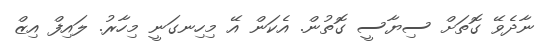
ނާދެވޭ ގޮތަށް ސިޔާސީ ގޮތުން. އެކަން އޭ މިހިނގަނީ މިހާރު. ލައިފް އިޒް